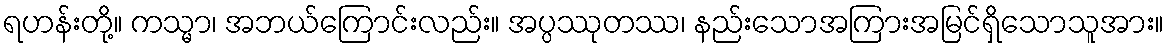
ရဟန်းတို့။ ကသ္မာ၊ အဘယ်ကြောင်းလည်း။ အပ္ပဿုတဿ၊ နည်းသောအကြားအမြင်ရှိသောသူအား။